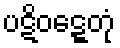
ပဋိဝဋ္ဋေတုံ